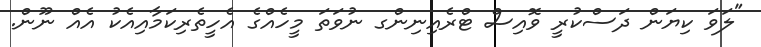
"ލަވަ ކިޔަން ދަސްކުރީ ވޮއިސް ޓްރެއިނިންގ ނުވަތަ މީހެއްގެ އެހީތެރިކަމާއިއެކު އެއް ނޫން.